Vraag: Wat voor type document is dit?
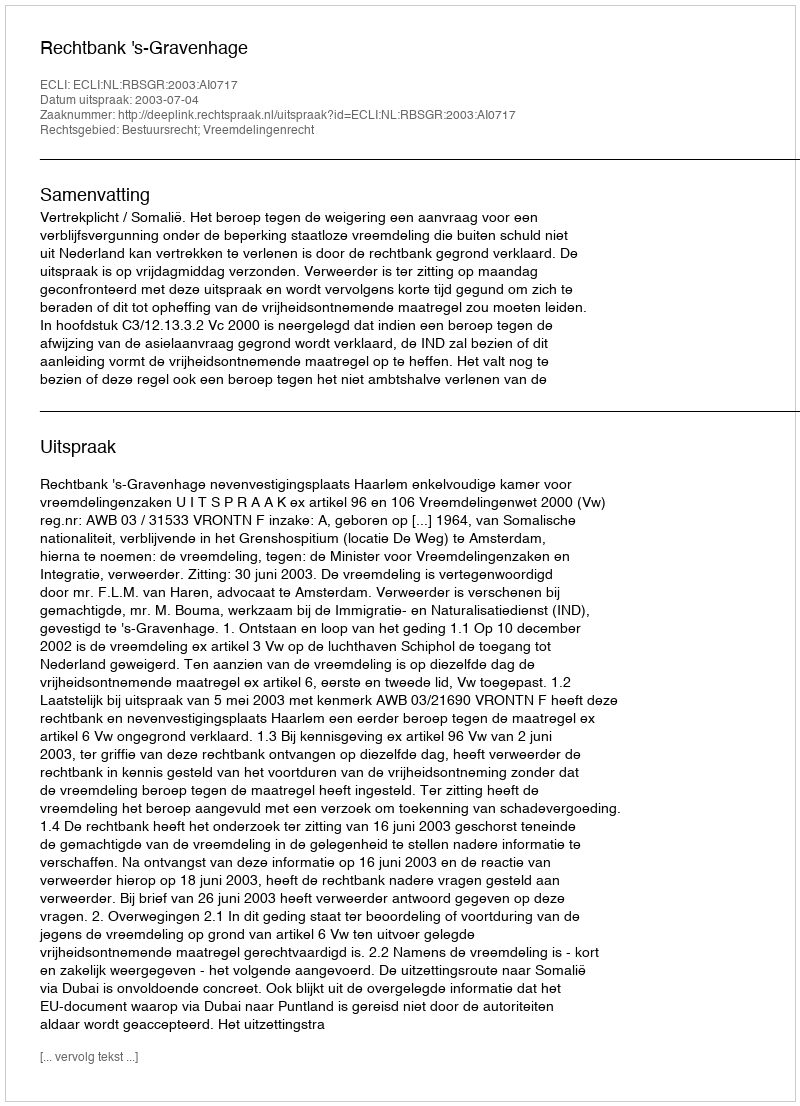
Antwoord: Uitspraak